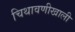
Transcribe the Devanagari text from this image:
चिथावणीखाली